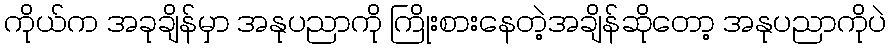
ကိုယ်က အခုချိန်မှာ အနုပညာကို ကြိုးစားနေတဲ့အချိန်ဆိုတော့ အနုပညာကိုပဲ